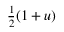
\textstyle { \frac { 1 } { 2 } } ( 1 + u )